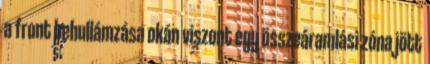
a front behullámzása okán viszont egy összeáramlási zóna jött